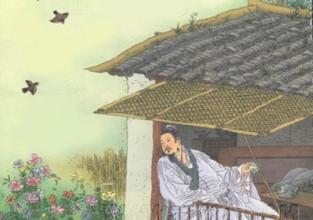
永怀愁不寐，松月夜窗虚。